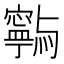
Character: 𭔥